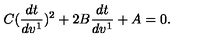
C ( \frac { d t } { d v ^ { 1 } } ) ^ { 2 } + 2 B \frac { d t } { d v ^ { 1 } } + A = 0 .